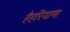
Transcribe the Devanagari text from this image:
हैहरियाणा